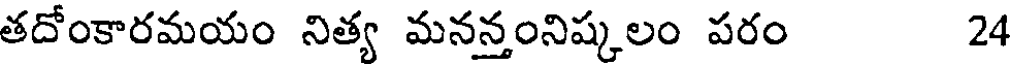
తదోంకారమయం నిత్య మనన్తంనిష్కలం పరం 24